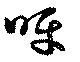
呀